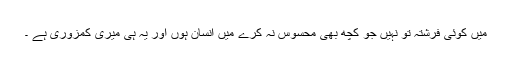
میں کوئی فرشتہ تو نہیں جو کچھ بھی محسوس نہ کرے میں انسان ہوں اور یہ ہی میری کمزوری ہے ۔